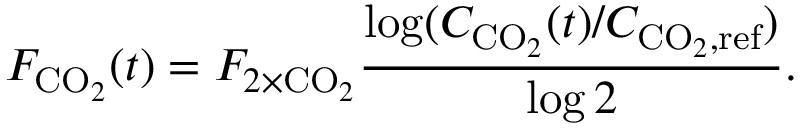
F _ { \mathrm { C O } _ { 2 } } ( t ) = F _ { 2 \times \mathrm { C O } _ { 2 } } \frac { \log ( C _ { \mathrm { C O } _ { 2 } } ( t ) / C _ { \mathrm { C O } _ { 2 } , \mathrm { r e f } } ) } { \log 2 } .